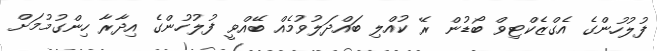
ފުލުހުންގެ އެގްޒެކްޓިވް ބޯޑުން ރޭ ކުއްލި ބައްދަލުވުމެއް ބޭއްވީ ފުލުހުންގެ އިދާރާ ހިންގުމުމަށް